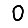
Digit: 0